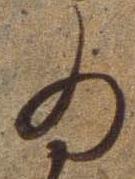
ゐ